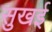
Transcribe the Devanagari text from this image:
सुखई